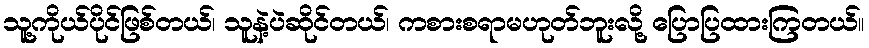
သူ့ကိုယ်ပိုင်ဖြစ်တယ်၊ သူနဲ့ပဲဆိုင်တယ်၊ ကစားစရာမဟုတ်ဘူးလို့ ပြောပြထားကြတယ်။